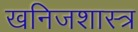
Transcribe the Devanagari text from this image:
खनिजशास्त्र